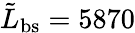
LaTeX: \tilde{L}_{\mathrm{bs}}=5870